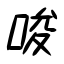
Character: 唆